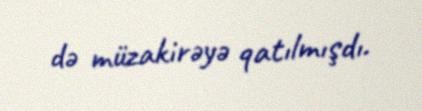
də müzakirəyə qatılmışdı.